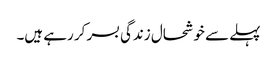
پہلے سے خوشحال زندگی بسر کر رہے ہیں۔